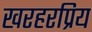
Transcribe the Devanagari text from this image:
खरहरप्रिय